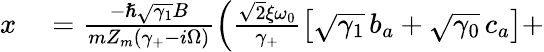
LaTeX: \begin{array}{rl}{x}&{{}=\frac{-\hslash\sqrt{\gamma_{1}}B}{mZ_{m}(\gamma_{+}-i\Omega)}\left(\frac{\sqrt 2\xi\omega_{0}}{\gamma_{+}}\big[\sqrt{\gamma_{1}}\, b_{a}+\sqrt{\gamma_{0}}\, c_{a}\big]+\right.}\end{array}